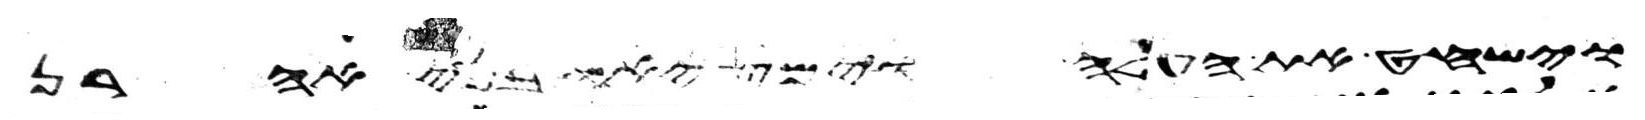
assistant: וישחט את העלה וימציאו בני אהרן